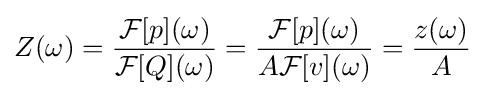
Z(\omega )={\frac {{\mathcal {F}}[p](\omega )}{{\mathcal {F}}[Q](\omega )}}={\frac {{\mathcal {F}}[p](\omega )}{A{\mathcal {F}}[v](\omega )}}={\frac {z(\omega )}{A}}